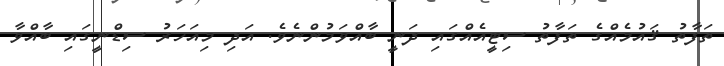
ތަފާތު ޤައުމެއްގެ ތަފާތު ސިޓީއެއްގައި ދަނީ ބާއްވަމުންނެވެ. އަދި މިއަހަރު ސިޑްނީގައި ބާއްވާ